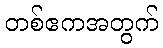
တစ်ဧကအတွက်